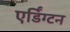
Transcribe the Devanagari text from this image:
एर्डिंग्टन